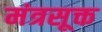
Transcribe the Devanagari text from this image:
मंत्रसूक्त